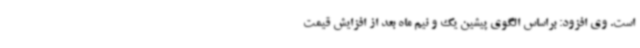
است. وی افزود: براساس الگوی پیشین یک و نیم ماه بعد از افزایش قیمت